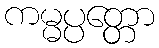
ကမ္မပ္ပတ္တော